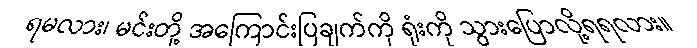
ရမလား၊ မင်းတို့ အကြောင်းပြချက်ကို ရုံးကို သွားပြောလို့ရရလား။